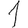
Digit: 1